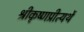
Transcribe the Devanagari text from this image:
श्रीकृष्णप्रीत्यर्थे